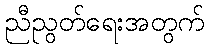
ညီညွတ်ရေးအတွက်